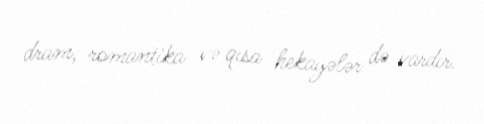
dram, romantika və qısa hekayələr də vardır.